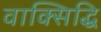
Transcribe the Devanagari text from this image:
वाक्सिद्धि